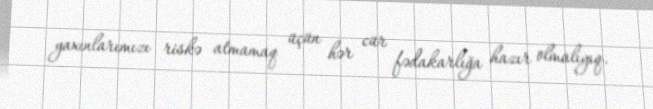
yaxınlarımızı riskə atmamaq üçün hər cür fədakarlığa hazır olmalıyıq.